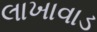
લાખાવાડ